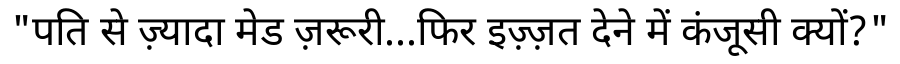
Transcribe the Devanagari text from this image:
"पति से ज़्यादा मेड ज़रूरी...फिर इज़्ज़त देने में कंजूसी क्यों?"